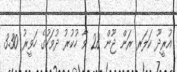
އުރީދޫ ކަލަރ ރަން ޖޫން 28 ވާ ހުކުރު ދުވަހުގެ ހަވީރު 3.30